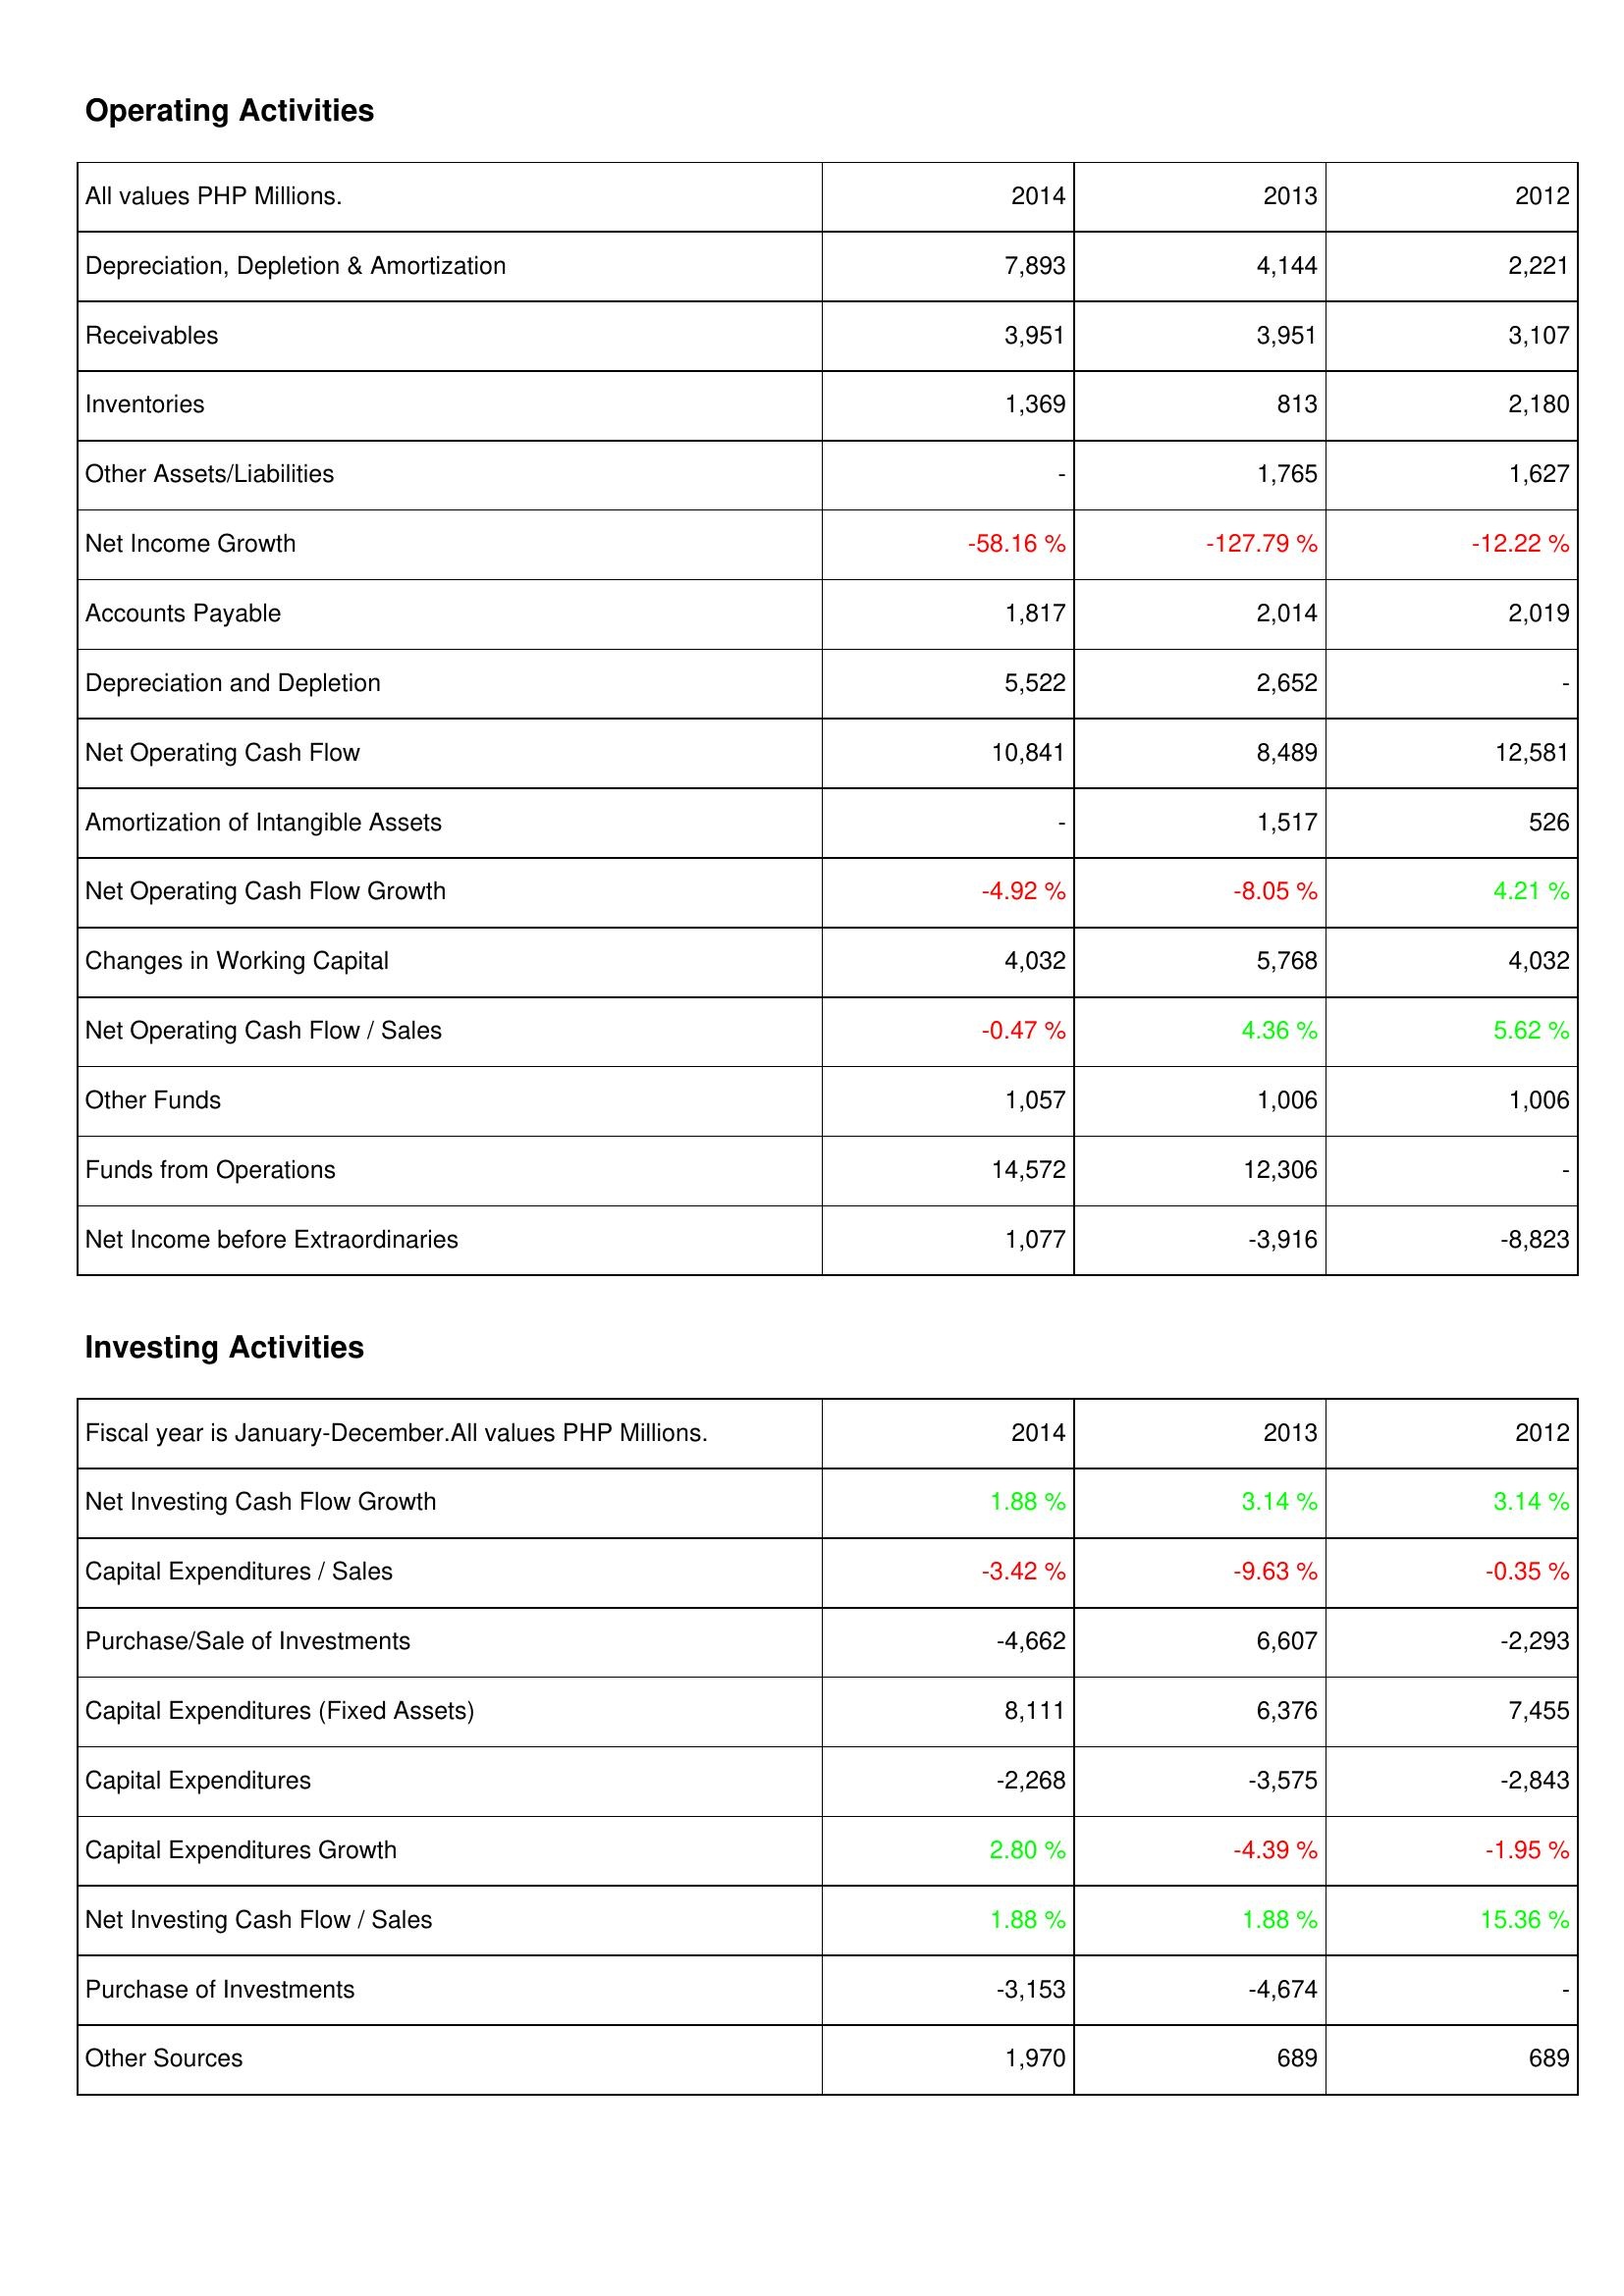
2014: Operating Activities: Depreciation, Depletion & Amortization: 7,893
Receivables: 3,951
Inventories: 1,369
Other Assets/Liabilities: -
Net Income Growth: -58.16 %
Accounts Payable: 1,817
Depreciation and Depletion: 5,522
Net Operating Cash Flow: 10,841
Amortization of Intangible Assets: -
Net Operating Cash Flow Growth: -4.92 %
Changes in Working Capital: 4,032
Net Operating Cash Flow / Sales: -0.47 %
Other Funds: 1,057
Funds from Operations: 14,572
Net Income before Extraordinaries: 1,077
Investing Activities: Net Investing Cash Flow Growth: 1.88 %
Capital Expenditures / Sales: -3.42 %
Purchase/Sale of Investments: -4,662
Capital Expenditures (Fixed Assets): 8,111
Capital Expenditures: -2,268
Capital Expenditures Growth: 2.80 %
Net Investing Cash Flow / Sales: 1.88 %
Purchase of Investments: -3,153
Other Sources: 1,970
2013: Operating Activities: Depreciation, Depletion & Amortization: 4,144
Receivables: 3,951
Inventories: 813
Other Assets/Liabilities: 1,765
Net Income Growth: -127.79 %
Accounts Payable: 2,014
Depreciation and Depletion: 2,652
Net Operating Cash Flow: 8,489
Amortization of Intangible Assets: 1,517
Net Operating Cash Flow Growth: -8.05 %
Changes in Working Capital: 5,768
Net Operating Cash Flow / Sales: 4.36 %
Other Funds: 1,006
Funds from Operations: 12,306
Net Income before Extraordinaries: -3,916
Investing Activities: Net Investing Cash Flow Growth: 3.14 %
Capital Expenditures / Sales: -9.63 %
Purchase/Sale of Investments: 6,607
Capital Expenditures (Fixed Assets): 6,376
Capital Expenditures: -3,575
Capital Expenditures Growth: -4.39 %
Net Investing Cash Flow / Sales: 1.88 %
Purchase of Investments: -4,674
Other Sources: 689
2012: Operating Activities: Depreciation, Depletion & Amortization: 2,221
Receivables: 3,107
Inventories: 2,180
Other Assets/Liabilities: 1,627
Net Income Growth: -12.22 %
Accounts Payable: 2,019
Depreciation and Depletion: -
Net Operating Cash Flow: 12,581
Amortization of Intangible Assets: 526
Net Operating Cash Flow Growth: 4.21 %
Changes in Working Capital: 4,032
Net Operating Cash Flow / Sales: 5.62 %
Other Funds: 1,006
Funds from Operations: -
Net Income before Extraordinaries: -8,823
Investing Activities: Net Investing Cash Flow Growth: 3.14 %
Capital Expenditures / Sales: -0.35 %
Purchase/Sale of Investments: -2,293
Capital Expenditures (Fixed Assets): 7,455
Capital Expenditures: -2,843
Capital Expenditures Growth: -1.95 %
Net Investing Cash Flow / Sales: 15.36 %
Purchase of Investments: -
Other Sources: 689